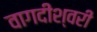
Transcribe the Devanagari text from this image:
वागदीश्वरी